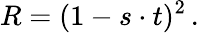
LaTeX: R=(1-s\cdot t)^{2}\, .